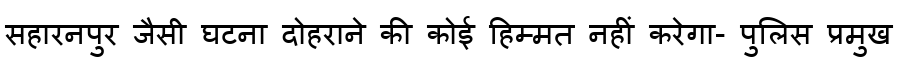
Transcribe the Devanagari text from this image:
सहारनपुर जैसी घटना दोहराने की कोई हिम्मत नहीं करेगा- पुलिस प्रमुख